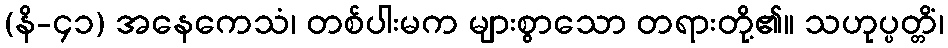
(နိ-၄၁) အနေကေသံ၊ တစ်ပါးမက များစွာသော တရားတို့၏။ သဟုပ္ပတ္တိံ၊